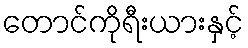
တောင်ကိုရီးယားနှင့်